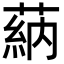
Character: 蒳